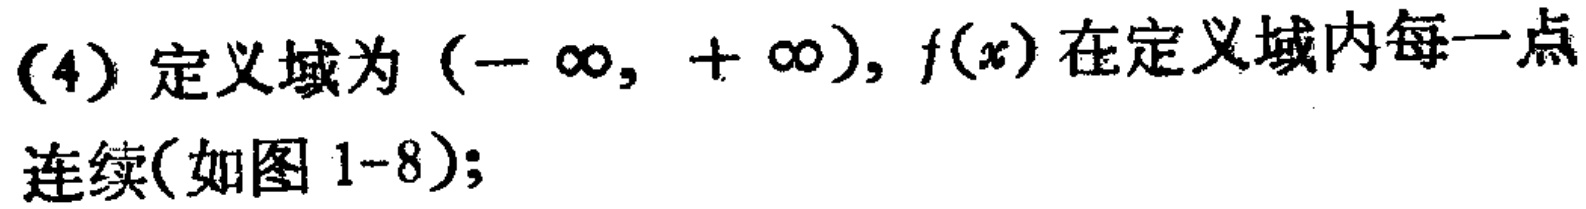
(4) 定义域为\((-\infty, +\infty)\)，\(f(x)\)在定义域内每一点连续(如图 1-8);